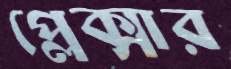
প্লেক্সার